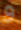
و